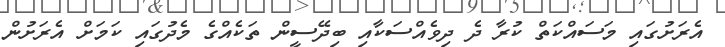
އެރަށުގައި މަސައްކަތް ކުރާ ދެ ދިވެއްސަކާއި ބިދޭސީން ތަކެއްގެ މެދުގައި ކަމަށް އެރަށުން